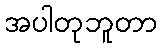
အပါတုဘူတာ